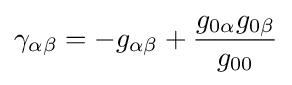
\gamma _{\alpha \beta }=-g_{\alpha \beta }+{\frac {g_{0\alpha }g_{0\beta }}{g_{00}}}